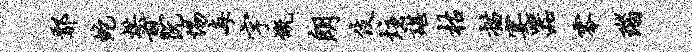
鄢蛇烘煎阮惕每字慨朗伎炷谌枯描宴器零瑙